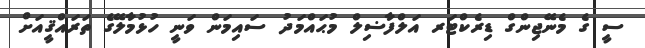
ސީ ގެ މެނޭޖިންގް ޑިރެކްޓަރ އަލްފާޟިލް މުޙައްމަދު ސައިމަން ވަނީ ހުޅުމާލޭގެ ތަރައްޤީއަށް